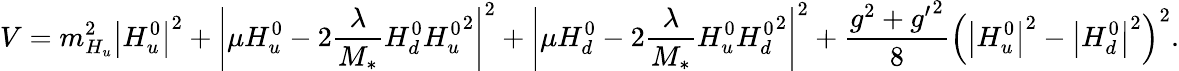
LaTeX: V=m_{H_{u}}^{2}\left|H_{u}^{0}\right|^{2}+\left|\mu H_{u}^{0}-2{\frac{\lambda}{M_{*}}}H_{d}^{0}{H_{u}^{0}}^{2}\right|^{2}+\left|\mu H_{d}^{0}-2{\frac{\lambda}{M_{*}}}H_{u}^{0}{H_{d}^{0}}^{2}\right|^{2}+{\frac{g^{2}+{g^{\prime}}^{2}}{8}}\left(\left|H_{u}^{0}\right|^{2}-\left|H_{d}^{0}\right|^{2}\right)^{2}.